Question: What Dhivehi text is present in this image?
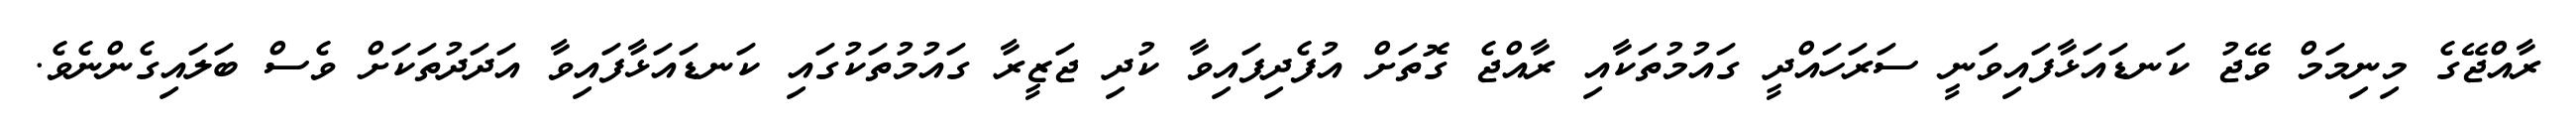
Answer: ރާއްޖޭގެ މިނިމަމް ވޭޖު ކަނޑައަޅާފައިވަނީ ސަރަހައްދީ ގައުމުތަކާއި ރާއްޖެ ގޮތަށް އުފެދިފައިވާ ކުދި ޖަޒީރާ ގައުމުތަކުގައި ކަނޑައަޅާފައިވާ އަދަދުތަކަށް ވެސް ބަލައިގެންނެވެ.